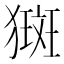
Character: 𤡰